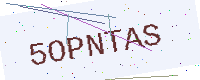
Text: 5OPNTAS